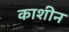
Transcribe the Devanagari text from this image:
काशीन